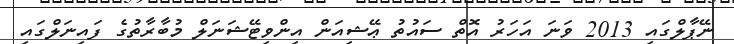
ނޭޕާލްގައި 2013 ވަނަ އަހަރު އޮތް ސައުތު ޢޭޝިއަން އިންވިޓޭޝަނަލް މުބާރާތުގެ ފައިނަލްގައި